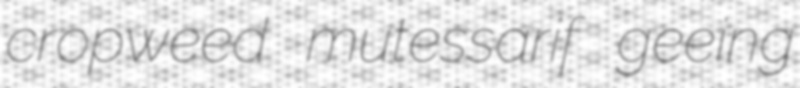
cropweed mutessarif geeing